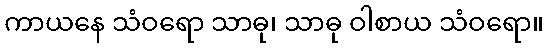
ကာယနေ သံဝရော သာဓု၊ သာဓု ဝါစာယ သံဝရော။